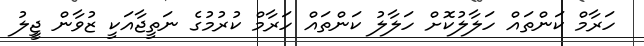
ހަރާމް ކަންތައް ހަލާލުކޮށް ހަލާލު ކަންތައް ހަރާމް ކުރުމުގެ ނަތީޖާއަކީ ޒުވާން ޖީިލު